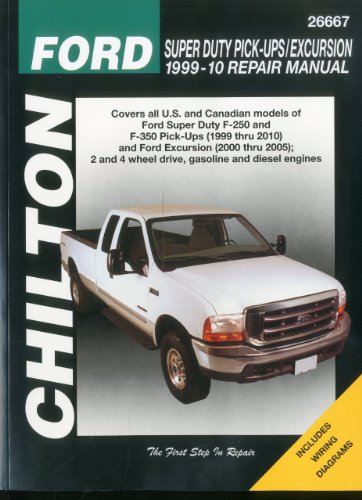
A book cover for Ford Super Duty Pick-ups & Excursion, 1999-2010 (Chilton's Total Car Care Repair Manuals); Chilton; Engineering & Transportation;